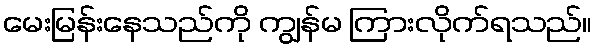
မေးမြန်းနေသည်ကို ကျွန်မ ကြားလိုက်ရသည်။